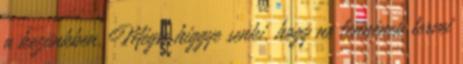
a kezünkben. Mégse higgye senki, hogy ne lennének tervei